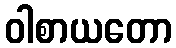
ဝါစာယတော